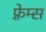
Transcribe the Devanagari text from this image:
फ़्रेम्स